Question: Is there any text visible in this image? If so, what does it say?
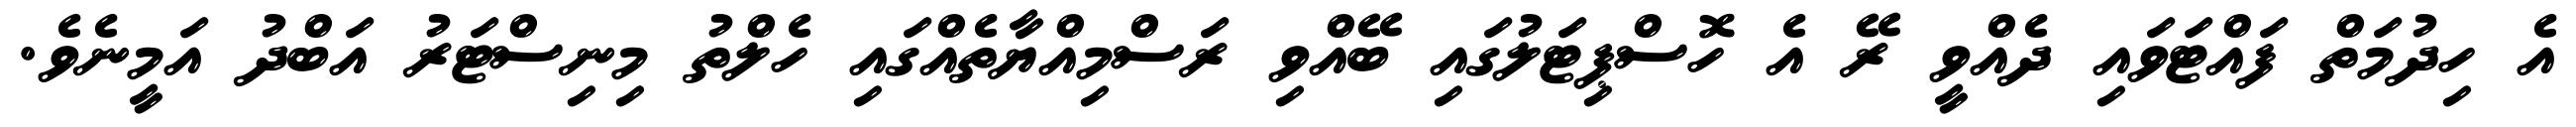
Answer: އެ ހިދުމަތް ފައްޓަވައި ދެއްވީ ރޭ އެ ހޮސްޕިޓަލުގައި ބޭއްވި ރަސްމިއްޔާތެއްގައި ހެލްތު މިނިސްޓަރު އަބްދު އަމީނެވެ.